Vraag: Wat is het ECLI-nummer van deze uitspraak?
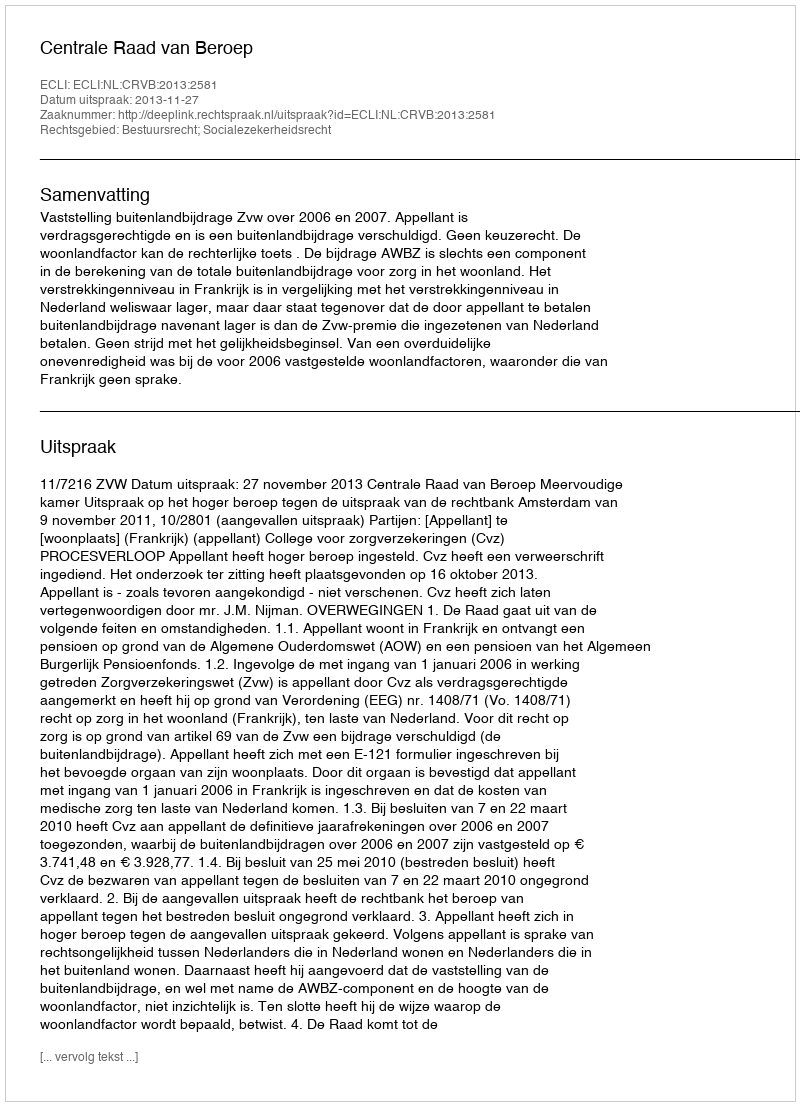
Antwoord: ECLI:NL:CRVB:2013:2581